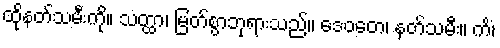
ထိုနတ်သမီးကို။ သတ္ထာ၊ မြတ်စွာဘုရားသည်။ ဒေဝတေ၊ နတ်သမီး။ ကိံ၊